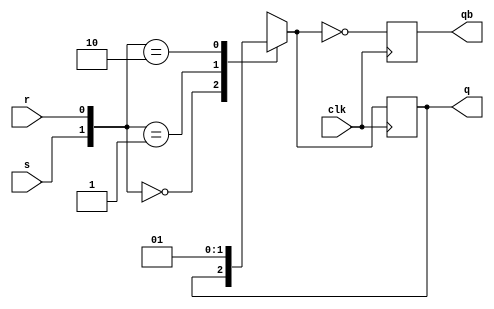
module SRFF(s,r,clk,q,qb);
  input s,r,clk;
  output q,qb;
  reg q,qb;
  reg [1:0]sr;
  always @(posedge clk)
    begin 
      sr = {s,r};
      case(sr)
        2'b00:q = q;
        2'b01:q = 1'b0;
        2'b10:q = 1'b1;
        2'b11:q = 1'bx;
      endcase
      qb = ~q;
    end
endmodule